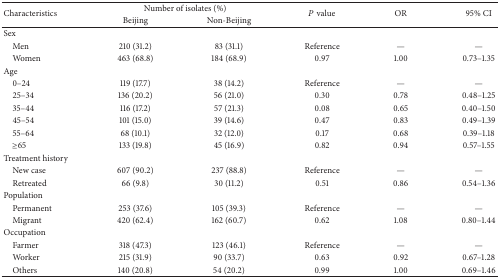
<table><thead><tr><td rowspan="2"><b>Characteristics</b></td><td colspan="2"><b>Number of isolates (%)</b></td><td rowspan="2"><b><i>P</i> value</b></td><td rowspan="2"><b>OR</b></td><td rowspan="2"><b>95% CI</b></td></tr><tr><td><b>Beijing</b></td><td><b>Non-Beijing</b></td></tr></thead><tbody><tr><td>Sex</td><td> </td><td> </td><td> </td><td> </td><td> </td></tr><tr><td> Men</td><td>210 (31.2)</td><td>83 (31.1)</td><td>Reference</td><td>—</td><td>—</td></tr><tr><td> Women</td><td>463 (68.8)</td><td>184 (68.9)</td><td>0.97</td><td>1.00</td><td>0.73–1.35</td></tr><tr><td>Age</td><td> </td><td> </td><td> </td><td> </td><td> </td></tr><tr><td> 0–24</td><td>119 (17.7)</td><td>38 (14.2)</td><td>Reference</td><td>—</td><td>—</td></tr><tr><td> 25–34</td><td>136 (20.2)</td><td>56 (21.0)</td><td>0.30</td><td>0.78</td><td>0.48–1.25</td></tr><tr><td> 35–44</td><td>116 (17.2)</td><td>57 (21.3)</td><td>0.08</td><td>0.65</td><td>0.40–1.50</td></tr><tr><td> 45–54</td><td>101 (15.0)</td><td>39 (14.6)</td><td>0.47</td><td>0.83</td><td>0.49–1.39</td></tr><tr><td> 55–64</td><td>68 (10.1)</td><td>32 (12.0)</td><td>0.17</td><td>0.68</td><td>0.39–1.18</td></tr><tr><td> ≥65</td><td>133 (19.8)</td><td>45 (16.9)</td><td>0.82</td><td>0.94</td><td>0.57–1.55</td></tr><tr><td>Treatment history</td><td> </td><td> </td><td> </td><td> </td><td> </td></tr><tr><td> New case</td><td>607 (90.2)</td><td>237 (88.8)</td><td>Reference</td><td>—</td><td>—</td></tr><tr><td> Retreated</td><td>66 (9.8)</td><td>30 (11.2)</td><td>0.51</td><td>0.86</td><td>0.54–1.36</td></tr><tr><td>Population</td><td> </td><td> </td><td> </td><td> </td><td> </td></tr><tr><td> Permanent</td><td>253 (37.6)</td><td>105 (39.3)</td><td>Reference</td><td>—</td><td>—</td></tr><tr><td> Migrant</td><td>420 (62.4)</td><td>162 (60.7)</td><td>0.62</td><td>1.08</td><td>0.80–1.44</td></tr><tr><td>Occupation</td><td> </td><td> </td><td> </td><td> </td><td> </td></tr><tr><td> Farmer</td><td>318 (47.3)</td><td>123 (46.1)</td><td>Reference</td><td>—</td><td>—</td></tr><tr><td> Worker</td><td>215 (31.9)</td><td>90 (33.7)</td><td>0.63</td><td>0.92</td><td>0.67–1.28</td></tr><tr><td> Others</td><td>140 (20.8)</td><td>54 (20.2)</td><td>0.99</td><td>1.00</td><td>0.69–1.46</td></tr></tbody></table>